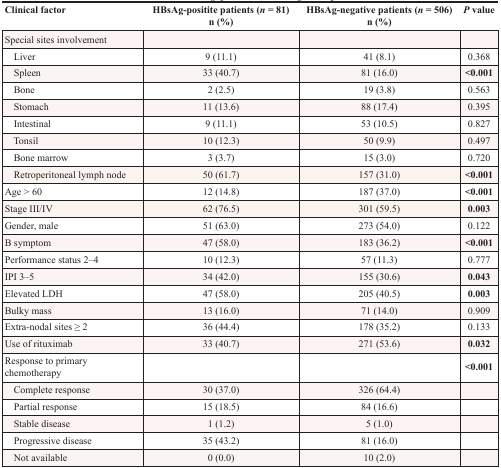
| Clinical factor | HBsAg-positite patients (n = 81) n (%) | HBsAg-negative patients (n = 506) n (%) | P value |
 | --- | --- | --- | --- |
 | Special sites involvement |  |  |  |
 | Liver | 9 (11.1) | 41 (8.1) | 0.368 |
 | Spleen | 33 (40.7) | 81 (16.0) | <0.001 |
 | Bone | 2 (2.5) | 19 (3.8) | 0.563 |
 | Stomach | 11 (13.6) | 88 (17.4) | 0.395 |
 | Intestinal | 9 (11.1) | 53 (10.5) | 0.827 |
 | Tonsil | 10 (12.3) | 50 (9.9) | 0.497 |
 | Bone marrow | 3 (3.7) | 15 (3.0) | 0.720 |
 | Retroperitoneal lymph node | 50 (61.7) | 157 (31.0) | <0.001 |
 | Age > 60 | 12 (14.8) | 187 (37.0) | <0.001 |
 | Stage III/IV | 62 (76.5) | 301 (59.5) | 0.003 |
 | Gender, male | 51 (63.0) | 273 (54.0) | 0.122 |
 | B symptom | 47 (58.0) | 183 (36.2) | <0.001 |
 | Performance status 2–4 | 10 (12.3) | 57 (11.3) | 0.777 |
 | IPI 3–5 | 34 (42.0) | 155 (30.6) | 0.043 |
 | Elevated LDH | 47 (58.0) | 205 (40.5) | 0.003 |
 | Bulky mass | 13 (16.0) | 71 (14.0) | 0.909 |
 | Extra-nodal sites ≥ 2 | 36 (44.4) | 178 (35.2) | 0.133 |
 | Use of rituximab | 33 (40.7) | 271 (53.6) | 0.032 |
 | Response to primary chemotherapy |  |  | <0.001 |
 | Complete response | 30 (37.0) | 326 (64.4) |  |
 | Partial response | 15 (18.5) | 84 (16.6) |  |
 | Stable disease | 1 (1.2) | 5 (1.0) |  |
 | Progressive disease | 35 (43.2) | 81 (16.0) |  |
 | Not available | 0 (0.0) | 10 (2.0) |  |